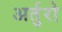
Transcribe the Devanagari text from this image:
अर्तुरो